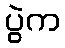
ပွဲက